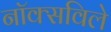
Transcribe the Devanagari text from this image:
नाॅक्सविले